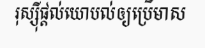
រុស្ស៊ីផ្តល់យោបល់ឲ្យប្រើមាស